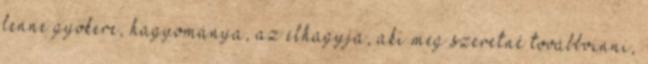
lenne gyökere, hagyománya, az elhagyja, aki meg szeretné továbbvinni,